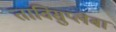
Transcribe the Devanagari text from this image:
ताविसुप्लेबा